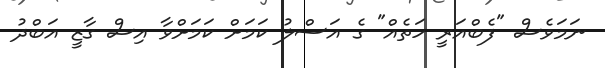
ނަމަވެސް "ފެބްއަރީ ހަތެއް" ގެ އަސްލު ކަމަށް ކަމަށްވާ އިސް ގާޒީ އަބްދު